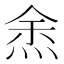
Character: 𭴯